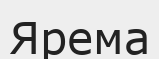
Ярема